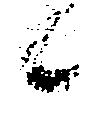
候